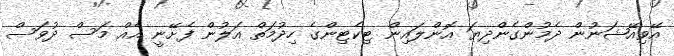
އޭވިއޭޝަނުން ދެމުންގެންދިޔަ އޮންލައިން ޓިކެޓިންގެ ހިދުމަތް އަލުން ފެށޭނީ އެއް މަސް ދުވަސް